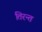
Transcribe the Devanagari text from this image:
तिरन्त